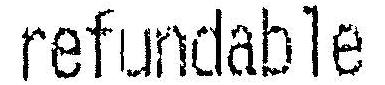
REFUNDABLE